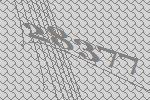
28377